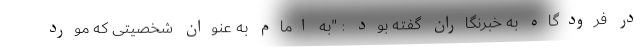
در فرودگاه به خبرنگاران گفته بود : "به امام به عنوان شخصیتی که مورد